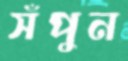
সঁপুন